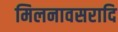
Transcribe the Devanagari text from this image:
मिलनावसरादि